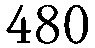
480